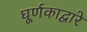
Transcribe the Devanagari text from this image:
घूर्णकाद्वारे